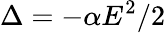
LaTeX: \Delta=-\alpha E^{2}/2